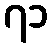
၇၁